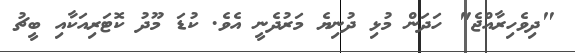
"ދިވެހިރާއްޖެ" ހަދަން މުޅި ދުނިޔެ މަރުދެނީ އެވެ. ކުޑަ މޫދު ކޮޓަރިއަކާއި ބީޗު